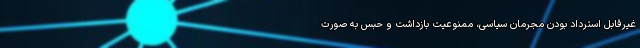
غیرقابل استرداد بودن مجرمان سیاسی، ممنوعیت بازداشت و حبس به صورت